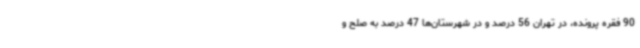
90 فقره پرونده، در تهران 56 درصد و در شهرستان‌ها 47 درصد به صلح و